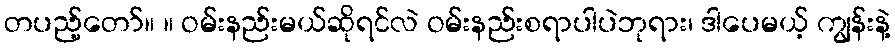
တပည့်တော်။ ။ ဝမ်းနည်းမယ်ဆိုရင်လဲ ဝမ်းနည်းစရာပါပဲဘုရား၊ ဒါပေမယ့် ကျွန်းနဲ့